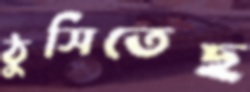
ঠুসিতেছ